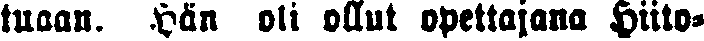
tuaan. Hän oli ollut opettajana Hiito-